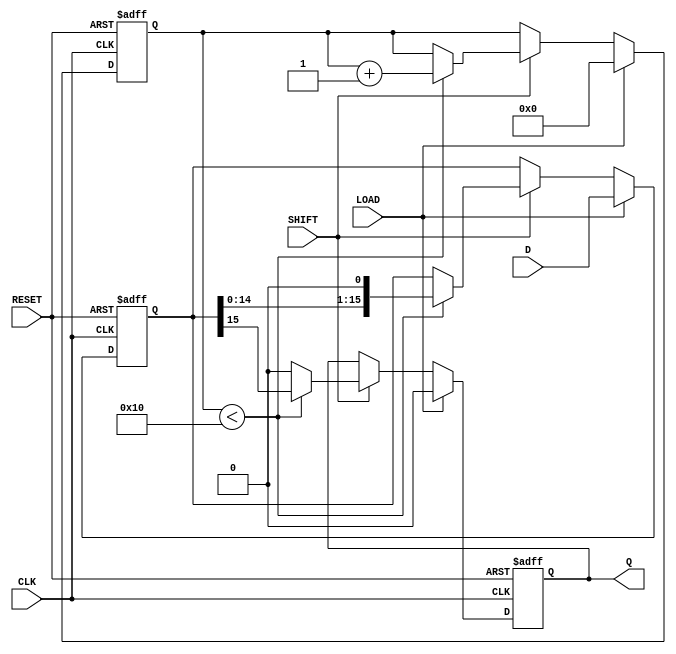
module PISO_Register (
    input wire [15:0] D,      // 16-bit data input
    input wire LOAD,          // Load control signal
    input wire SHIFT,         // Shift control signal
    input wire CLK,           // Clock signal
    input wire RESET,         // Asynchronous reset signal
    output reg Q              // Serial output
);

    reg [15:0] shift_reg;     // Internal shift register to hold data
    reg [4:0] count;          // Counter for the number of shifts

    always @(posedge CLK or posedge RESET) begin
        if (RESET) begin
            shift_reg <= 16'b0; // Clear the register on reset
            Q <= 1'b0;          // Clear the output
            count <= 5'b0;      // Reset the counter
        end else begin
            if (LOAD) begin
                shift_reg <= D;  // Load data into the shift register
                Q <= 1'b0;        // Output remains unchanged during load
                count <= 5'b0;    // Reset the counter
            end else if (SHIFT) begin
                if (count < 16) begin
                    Q <= shift_reg[15]; // Output the MSB
                    shift_reg <= {shift_reg[14:0], 1'b0}; // Shift left
                    count <= count + 1; // Increment the shift count
                end else begin
                    Q <= 1'b0; // After 16 shifts, output remains 0
                end
            end
        end
    end

endmodule